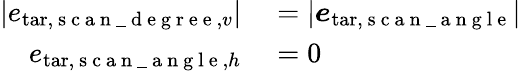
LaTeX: \begin{array}{rl}{|{e}_{\mathrm{tar},\mathrm{~s~c~a~n~\_ ~d~e~g~r~e~e~},v}|}&{{}=|\boldsymbol{e}_{\mathrm{tar},\mathrm{~s~c~a~n~\_ ~a~n~g~l~e~}}|}\\ {{e}_{\mathrm{tar},\mathrm{~s~c~a~n~\_ ~a~n~g~l~e~},h}}&{{}=0}\end{array}